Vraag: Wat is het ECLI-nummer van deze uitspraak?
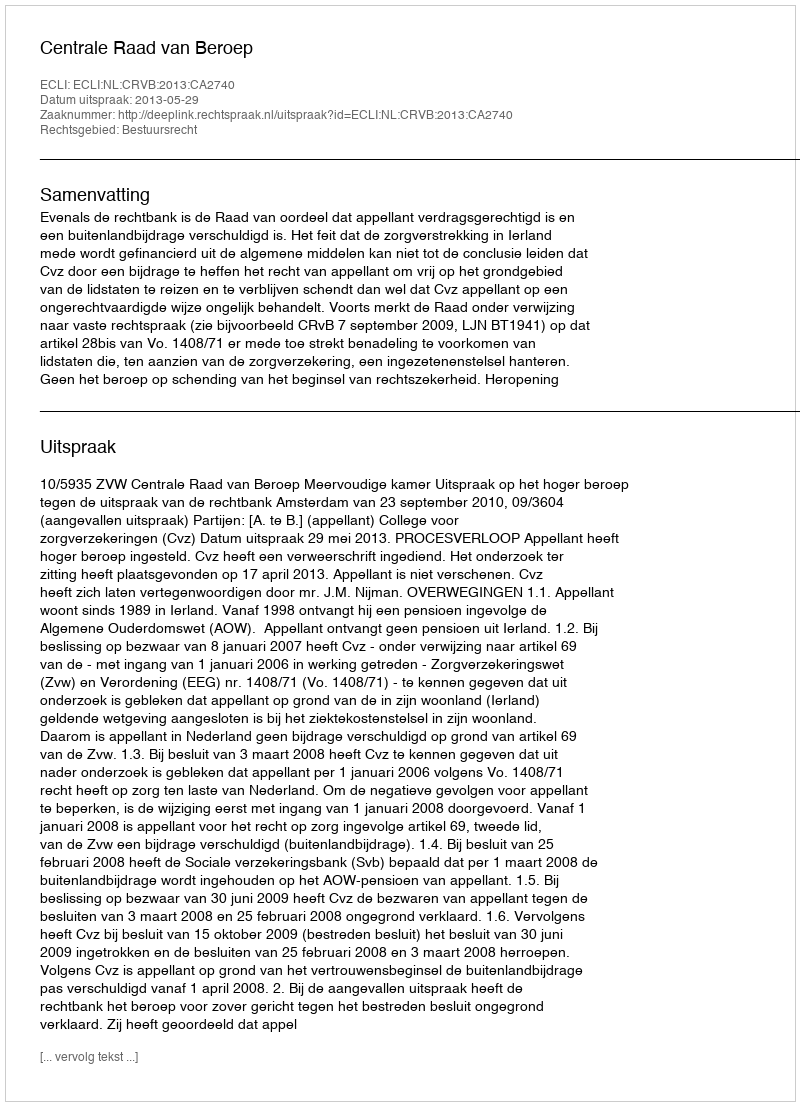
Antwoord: ECLI:NL:CRVB:2013:CA2740